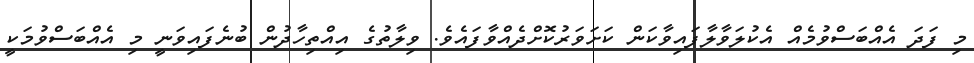
މި ފަދަ އެއްބަސްވުމެއް އެކުލަވާލާފައިވާކަން ކަށަވަރުކޮށްދެއްވާފައެވެ. ވިލާތުގެ އިއްތިހާދުން ބުނެފައިވަނީ މި އެއްބަސްވުމަކީ